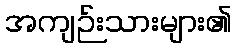
အကျဉ်းသားများ၏